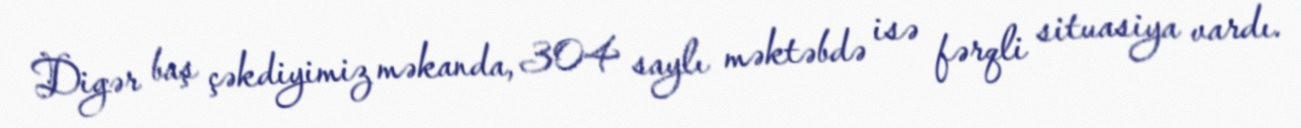
Digər baş çəkdiyimiz məkanda, 304 saylı məktəbdə isə fərqli situasiya vardı.